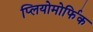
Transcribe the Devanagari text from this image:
प्लियोमोर्फिक